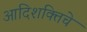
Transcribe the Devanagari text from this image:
आदिशक्तिचे